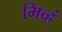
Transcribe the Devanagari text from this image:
मिव्हं